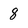
Character: 8